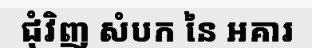
ជុំវិញ សំបក នៃ អគារ